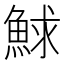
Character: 鯄